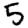
Digit: 5